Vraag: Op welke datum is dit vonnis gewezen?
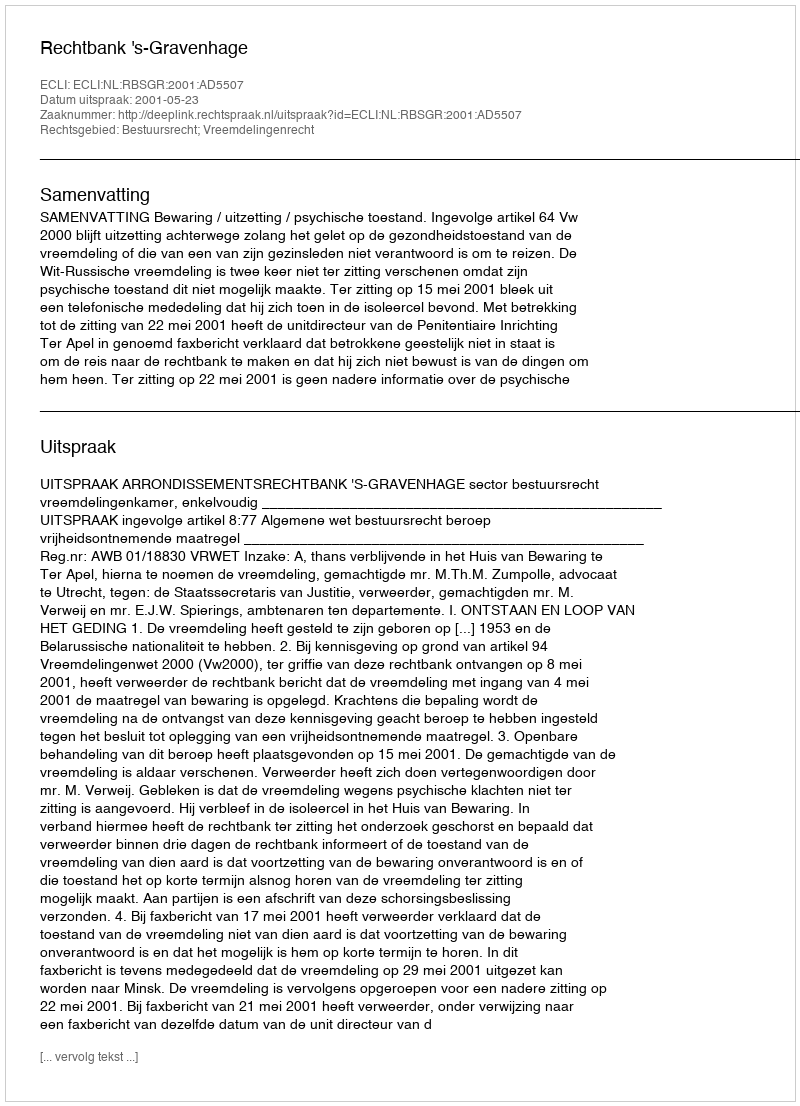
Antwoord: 2001-05-23